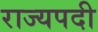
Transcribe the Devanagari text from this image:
राज्यपदी